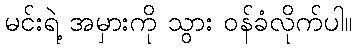
မင်းရဲ့ အမှားကို သွား ဝန်ခံလိုက်ပါ။